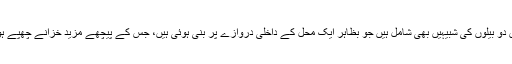
نوادرات میں دو بیلوں کی شبیہیں بھی شامل ہیں جو بظاہر ایک محل کے داخلی دروازے پر بنی ہوئی ہیں، جس کے پیچھے مزید خزانے چھپے ہوسکتے ہیں۔